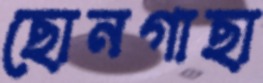
ছোনগাছা